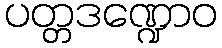
ပတ္တဒဏ္ဍောဝ